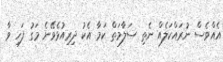
އެއްވެސް ނުރައްކަލެއް ނެތި ސަލާމަތް ކަމާ އެކު ދިރިއުޅެވޭނެ މަގު ފަހި ވާ